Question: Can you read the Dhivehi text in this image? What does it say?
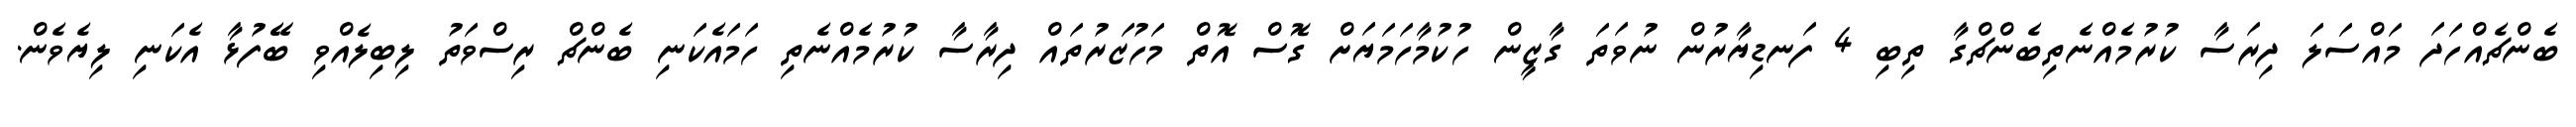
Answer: ބެންޗެއްހަދަ މައްސަލަ ދިރަސާ ކުރުމެއްނެތިބެންޗްގާ ތިބި 4 ފަނޑިޔާރުން ނުވަތަ ގާޒީން ހުކުމާހަމަޔަށް ގޮސް އޮތް މަހުޒަރުތައް ދިރާސާ ކުރުމެއްނެތި ހަމައެކަނި ބެންޗް ރިސްވަތު ލިބިލެއްވި ބޭފުޅާ އެކަނި ލިޔެވެން.